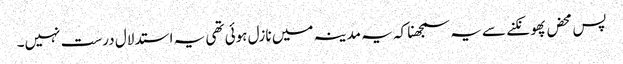
پس محض پھونکنے سے یہ سمجھنا کہ یہ مدینہ میں نازل ہوئی تھی یہ استدلال درست نہیں۔